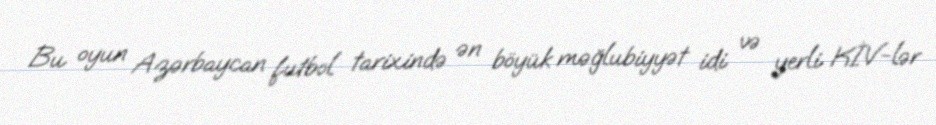
Bu oyun Azərbaycan futbol tarixində ən böyük məğlubiyyət idi və yerli KİV-lər